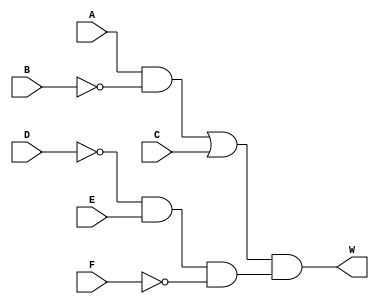
module circuit(input A, B, C, D, E, F, output W);
    wire G, H, I, J, K, L, M;
    
    not (G, B);
    and (H, A, G);
    or (I, H, C);
    not (J, D);
    and (K, J, E);
    not (L, F);
    and (M, K, L);
    and (W, I, M);
endmodule